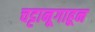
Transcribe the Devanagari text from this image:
चट्टानूगाहून